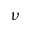
\nu